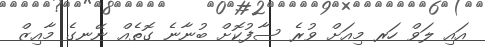
އައި ލަވް ހަރ މިއަށް ވުރެ ސާފުކޮށް ބުނާނެ ގޮތެއް ނޭނގެ މާއިޒް